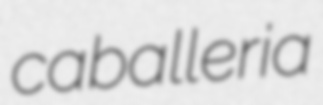
caballeria